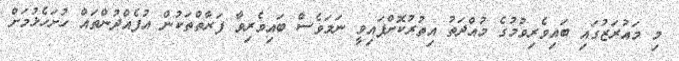
މި މައުރަޒުގައި ބައިވެރިވުމުގެ މުއްދަތު އިތުރުކޮށްފައިވީ ނަމަވެސް ބައިވެރިވާ ފަރާތްތަކުން އުފެއްދުންތައް ހުށަހެޅުމަށް